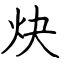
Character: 炔